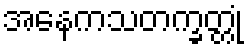
အနေကသတက္ခတ္တုံ